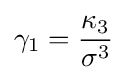
\gamma _{1}={\frac {\kappa _{3}}{\sigma ^{3}}}